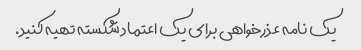
یک نامه عذرخواهی برای یک اعتماد شکسته تهیه کنید.